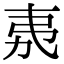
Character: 𭚨